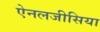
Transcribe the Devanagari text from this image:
ऐनलजीसिया